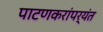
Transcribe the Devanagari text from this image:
पाटणकरांपर्यंत